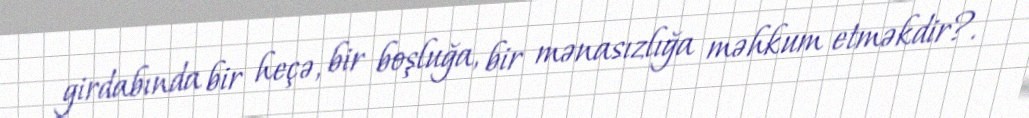
girdabında bir heçə, bir boşluğa, bir mənasızlığa məhkum etməkdir?.